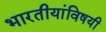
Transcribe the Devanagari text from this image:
भारतीयांविषयी